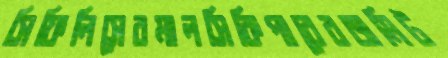
সিফিলিসেরমালসিকিপারেরজমিট